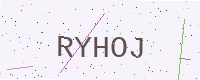
Text: RYHOJ